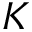
K